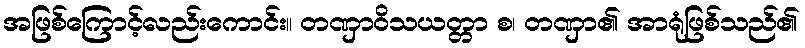
အဖြစ်ကြောင့်လည်းကောင်း။ တဏှာဝိသယတ္တာ စ၊ တဏှာ၏ အာရုံဖြစ်သည်၏